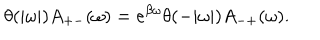
LaTeX: \theta ( | \omega | ) A _ { + - } ( \omega ) = e ^ { \beta \omega } \theta ( - | \omega | ) A _ { - + } ( \omega ) .